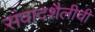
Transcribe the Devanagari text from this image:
संवादशैलीची